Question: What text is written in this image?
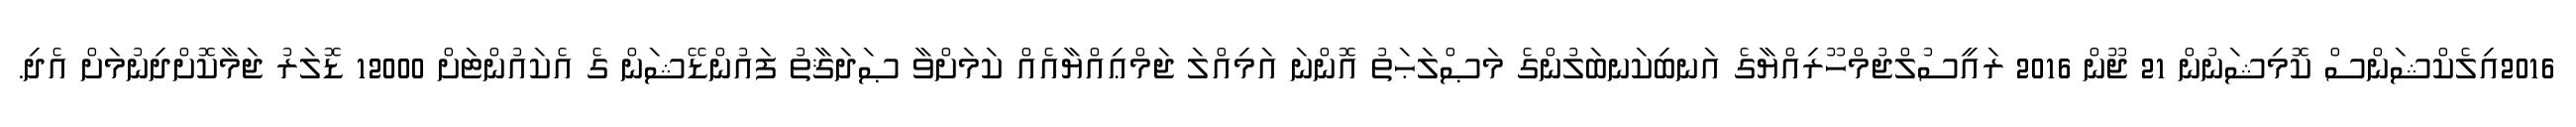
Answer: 2016އިލެކްޝަންސް ކޮމިޝަނުން 21 ޖޫން 2016 ރައީސުލްޖުމްހޫރިއްޔާގެ އަނބިކަނބަލުންގެ މަޞްލަޙަތު އޮންނަ އަމިއްލަ ޖަމްޢިއްޔާއެއް ކަމަށްވާ ޞަދަޤާތު ފައުންޑޭޝަން ގެ އެކައުންޓަށް 12000 ޑޮލަރު ޖަމާކޮށްދިނުމަށް އެދި.